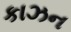
કાઝન